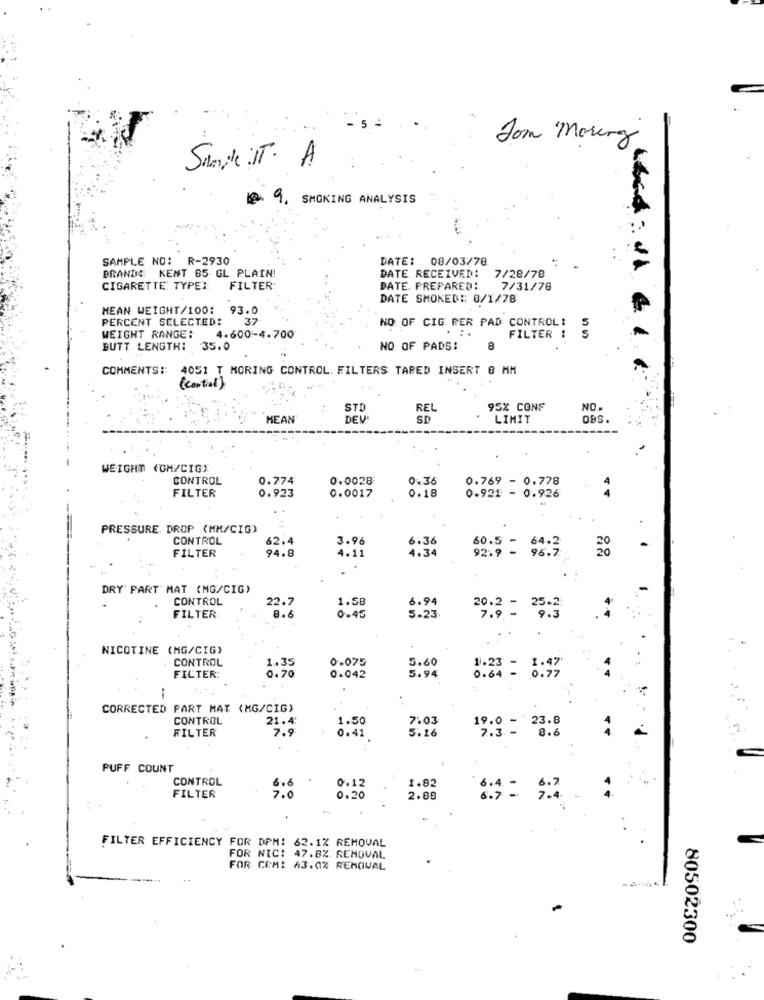
Som Moring
Shandle IT. A
9, SMOKING ANALYSIS
SAMPLE NO: R-2930
DATE: 08/03/78
BRANDE KENT 85 GL PLAIN!
DATE RECEIVED:
7/28/78
CIGARETTE TYPE ::
FILTER:
DATE. PREPARED:
7/31/78
DATE SMOKED :: 8/1/78
MEAN WEIGHT/100: 93.0
PERCENT SELECTED:
37
NO OF CIG RER PAD CONTROL:
5
WEIGHT RANGE:
4.600-4.700
FILTER !
BUTT LENGTH: 35.0
NO OF PADS:
8
COMMENTS#: 4051 T MORING CONTROL. FILTERS TARED INSERT 0 MM
( contral )
STD
REL
95% CONF
NO.
MEAN
DEV
SD
LIMIT
OBS
WEIGHT (GM/CIG)
CONTROL
0.774
0.0028
0.36
0.769 - 0.778
FILTER
0.18
0.923
0.0017
0.921 - 0.926
PRESSURE. DROP (MM/CIG)
CONTROL
3.96
6.36
FILTER
62.4
94.8
4.11
4.34
60.5 = ;
64.2
92.9 -
DRY PART MAT (MG/CIG)
CONTROL
1.5B
6.94
22.7
5.23
20.2 -
25. 2
FILTER
8.6
0.45
NICOTINE (MG/CIG)
CONTROL
0.075
5.60
1.23 = 1:27
FILTER:
0.70
0.042
5.94
0.64
-
CORRECTED PART MAT (MG/CIG)
CONTROL
21.4
1.50
7.03
7.9
0.41
5.16
3:9 : 23.8
8.6
FILTER
PUFF COUNT
CONTROL
0.12
6.6
1.85
6.7
FILTER
7.0
0.20
2.88
FILTER EFFICIENCY FOR DPM: 62.1% REMOVAL
FOR NIC: 47.8%. REMOVAL
FOR COM: 43.0% REMOVAL
80502300